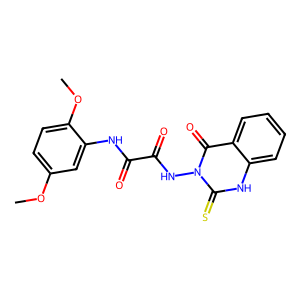
SMILES: COc1ccc(OC)c(NC(=O)C(=O)Nn2c(=S)[nH]c3ccccc3c2=O)c1
Inhibits HIV replication: No